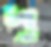
দু